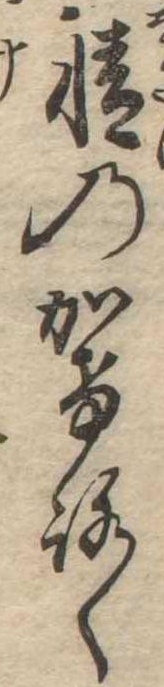
情のかけろく